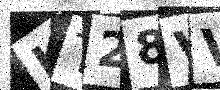
Text: KT28VV